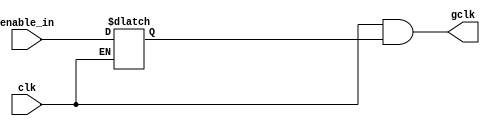
// This program was cloned from: https://github.com/buttercutter/DDR
// License: GNU General Public License v3.0

// Credits : https://github.com/YosysHQ/yosys-bigsim/blob/master/openmsp430/rtl/omsp_clock_gate.v

module clock_gate (

// OUTPUTs
    gclk,                      // Gated clock

// INPUTs
    clk,                       // Clock
    enable_in                    // Clock enable
);

// OUTPUTs
//=========
output         gclk;           // Gated clock

// INPUTs
//=========
input          clk;            // Clock
input          enable_in;         // Clock enable


//=============================================================================
// CLOCK GATE: LATCH + AND
//=============================================================================

// LATCH the enable signal
reg     enable_latch;
always @(clk or enable_in)
  if (~clk)
    enable_latch <= enable_in;

// AND gate
assign  gclk = (clk & enable_latch);

endmodule